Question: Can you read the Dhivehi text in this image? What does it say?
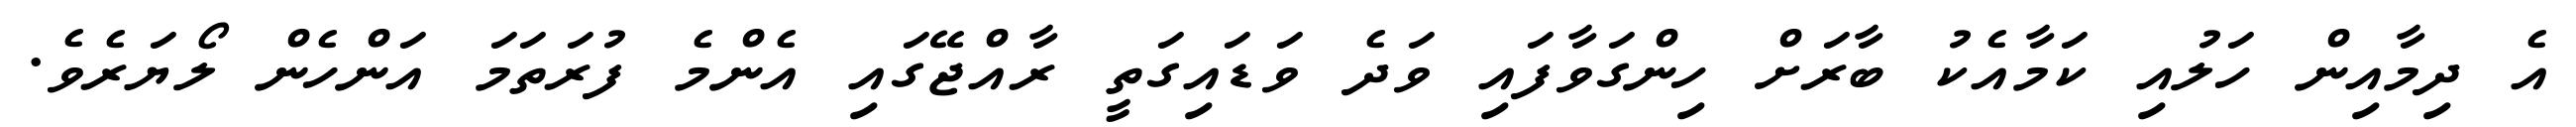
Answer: އެ ދިމާއިން ހަލުއި ކަމާއެކު ބާރަށް ހިންގަވާފައި ވަދެ ވަޑައިގަތީ ރާއްޖޭގައި އެންމެ ފުރަތަމަ އަންހެން ލޯޔަރެވެ.